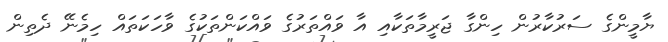
ޔާމީންގެ ސަރުކާރުން ހިންގާ ޖަރީމާތަކާއި އާ ވައްތަރުގެ ވައްކަންތަކުގެ ވާހަކަތައް ހިމެނޭ ދެތިން